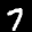
Label: 7